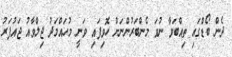
ދެން ބޯޑްގައި ތިއްބަވާ ނުވަ މެންބަރުންނަށް ހޮވިފައި ވަނީ މުހައްމަދު ޖިލްވާއު ޖައުފަރު